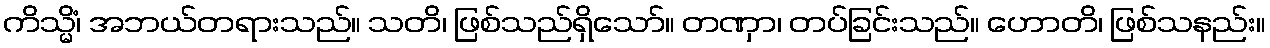
ကိသ္မိံ၊ အဘယ်တရားသည်။ သတိ၊ ဖြစ်သည်ရှိသော်။ တဏှာ၊ တပ်ခြင်းသည်။ ဟောတိ၊ ဖြစ်သနည်း။